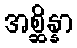
အစ္ဆိန္နာ